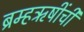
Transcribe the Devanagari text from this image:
ब्रम्हऋषींची